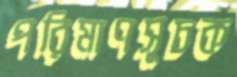
পরিমাণসূচক